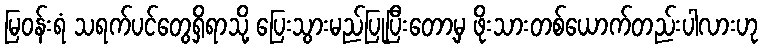
မြဝန်းရံ သရက်ပင်တွေရှိရာသို့ ပြေးသွားမည်ပြုပြီးတော့မှ ဖိုးသားတစ်ယောက်တည်းပါလားဟု